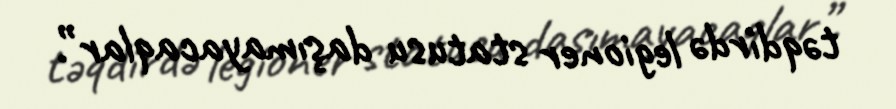
təqdirdə legioner statusu daşımayacaqlar”.